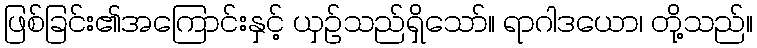
ဖြစ်ခြင်း၏အကြောင်းနှင့် ယှဉ်သည်ရှိသော်။ ရာဂါဒယော၊ တို့သည်။